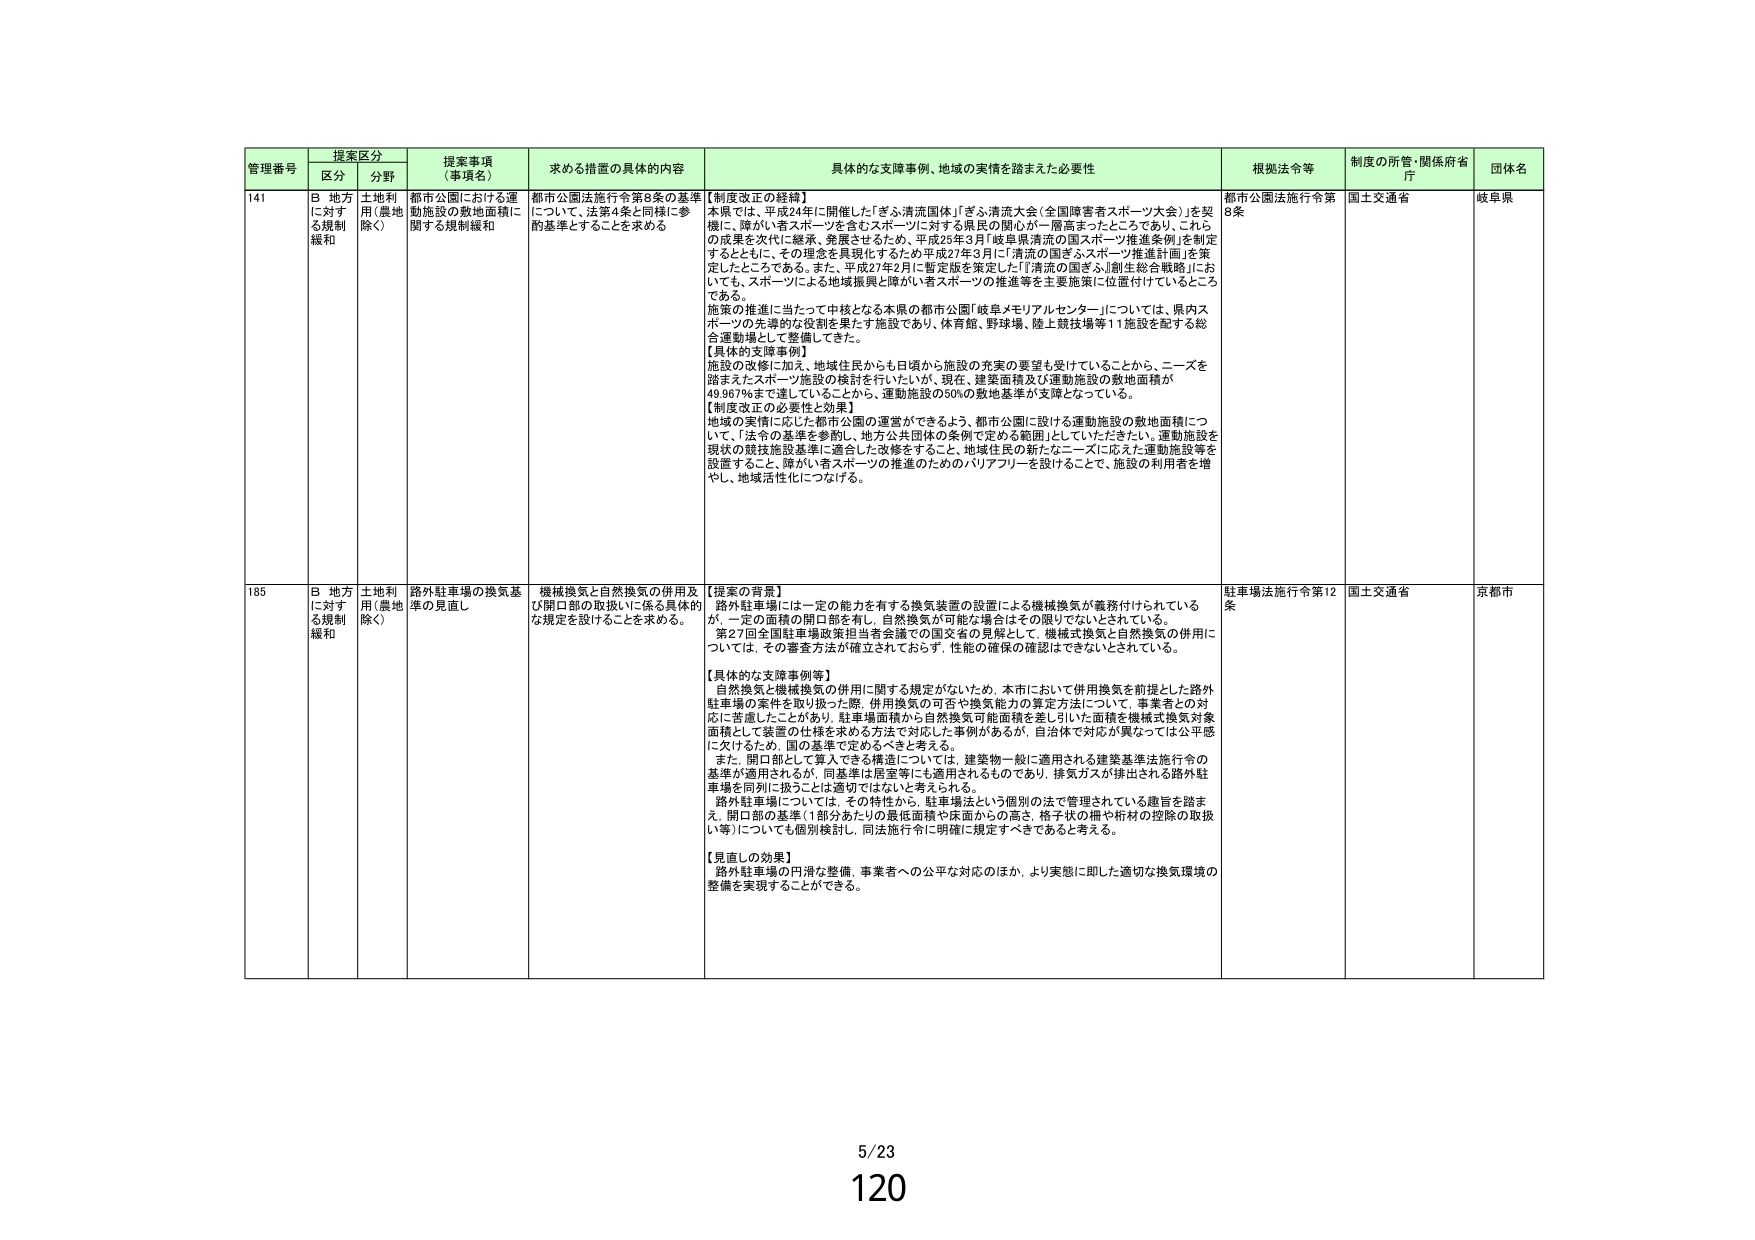
管理番号 提案区分 提案事項（事項名） 求める措置の具体的内容 具体的な支援事例、地域の実情を踏まえた必要性 根拠法令等 制度の所管・関係府省庁 団体名
区分 分野
141 B 地方に対する規制緩和 土地利用（農地除く） 都市公園における運動施設の敷地面積に関する規制緩和 都市公園法施行令第8条の基準について、法第4条と同様に参酌基準とすることを求める 【制度改正の経緯】 本県では、平成24年に開催した「ぎふ清流国体」「ぎふ清流大会（全国障害者スポーツ大会）」を契機に、障がい者スポーツを含むスポーツに対する県民の関心が一層高まったところであり、これらの成果を次代に継承、発展させるため、平成25年3月「岐阜県清流の国スポーツ推進条例」を制定するとともに、その理念を具現化するため平成27年3月に「清流の国ぎふスポーツ推進計画」を策定したところである。また、平成27年2月に暫定版を策定した「『清流の国ぎふ』創生総合戦略」においても、スポーツによる地域振興と障がい者スポーツの推進等を主要施策に位置付けているところである。 施策の推進に当たって中核となる本県の都市公園「岐阜メモリアルセンター」については、県内スポーツの先導的な役割を果たす施設であり、体育館、野球場、陸上競技場等11施設を配する総合運動場として整備してきた。 【具体的支援事例】 施設の改修に加え、地域住民からも日頃から施設の充実の要望を受けていることから、ニーズを踏まえたスポーツ施設の検討を行いたいが、現在、建築面積及び運動施設の敷地面積が49.967％まで達していることから、運動施設の50％の敷地基準が支障となっている。 【制度改正の必要性と効果】 地域の実情に応じた都市公園の運営ができるよう、都市公園に設ける運動施設の敷地面積について、「法令の基準を参酌し、地方公共団体の条例で定める範囲」としていただきたい。運動施設を現状の競技施設基準に適合した改修をすること、地域住民の新たなニーズに応えた運動施設等を設置すること、障がい者スポーツの推進のためのバリアフリーを設けることで、施設の利用者を増やし、地域活性化につなげる。 都市公園法施行令第8条 国土交通省 岐阜県
185 B 地方に対する規制緩和 土地利用（農地除く） 路外駐車場の換気基準の見直し 機械換気と自然換気の併用及び開口部の取扱いに係る具体的な規定を設けることを求める。 【提案の背景】 路外駐車場には一定の能力を有する換気装置の設置による機械換気が義務付けられているが、一定の面積の開口部を有し、自然換気が可能な場合はその限りでないとされている。 第27回全国駐車場政策担当者会議での国交省の見解として、機械式換気と自然換気の併用については、その審査方法が確立されておらず、性能の確保の確認はできないとされている。 【具体的な支援事例等】 自然換気と機械換気の併用に関する規定がないため、本市において併用換気を前提とした路外駐車場の案件を取り扱った際、併用換気の可否や換気能力の算定方法について、事業者との対応に苦慮したことがあり、駐車場面積から自然換気可能面積を差し引いた面積を機械式換気対象面積として装置の仕様を求める方法で対応した事例があるが、自治体で対応が異なっては公平性に欠けるため、国が基準を定めてすべきと考える。 また、開口部として算入できる構造については、建築物一般に適用される建築基準法施行令の基準が適用されるが、同基準は居室等にも適用されるものであり、排気ガスが排出される路外駐車場を同列に扱うことは適切ではないと考えられる。 路外駐車場については、その特性から、駐車場法という個別の法で管理されている趣旨を踏まえ、開口部の基準（1部分あたりの最低面積や床面からの高さ、格子状の柵や析材の控除の取扱い等）についても個別検討し、同法施行令に明確に規定すべきであると考える。 【見直しの効果】 路外駐車場の円滑な整備、事業者への公平な対応のほか、より実態に即した適切な換気環境の整備を実現することができる。 駐車場法施行令第12条 国土交通省 京都市
5/23
120